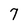
Character: 7